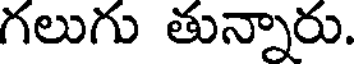
గలుగు తున్నారు.